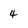
Character: 4